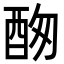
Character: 𨠞